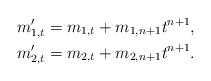
LaTeX: \begin{align*}&m'_{1,t}=m_{1,t}+m_{1,n+1}t^{n+1},\\&m'_{2,t}=m_{2,t}+m_{2,n+1}t^{n+1}.\end{align*}